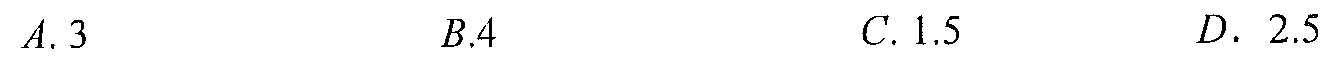
$A. 3\qquad B.4\qquad C. 1.5\qquad D.\ 2.5$